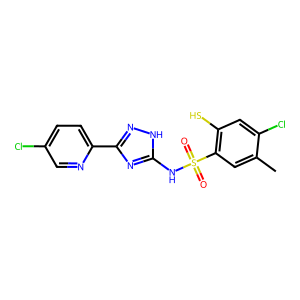
SMILES: Cc1cc(S(=O)(=O)Nc2nc(-c3ccc(Cl)cn3)n[nH]2)c(S)cc1Cl
Inhibits HIV replication: Yes